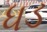
ધડ